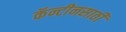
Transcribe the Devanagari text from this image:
कॅन्टीनसाठी